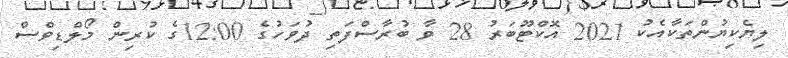
ލިޔެކިޔުންތަކާއެކު 2021 އޮކްޓޫބަރު 28 ވާ ބުރާސްފަތި ދުވަހުގެ 12:00ގެ ކުރިން މޯލްޑިވްސް